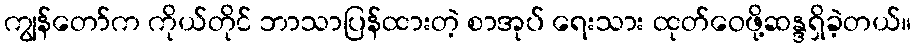
ကျွန်တော်က ကိုယ်တိုင် ဘာသာပြန်ထားတဲ့ စာအုပ် ရေးသား ထုတ်ဝေဖို့ဆန္ဒရှိခဲ့တယ်။